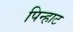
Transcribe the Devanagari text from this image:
पिन्हाट